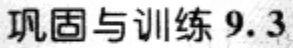
巩固与训练 9.3